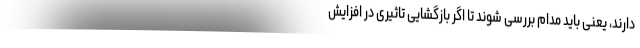
دارند، یعنی باید مدام بررسی شوند تا اگر بازگشایی تاثیری در افزایش